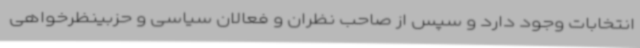
انتخابات وجود دارد و سپس از صاحب نظران و فعالان سیاسی و حزبینظرخواهی